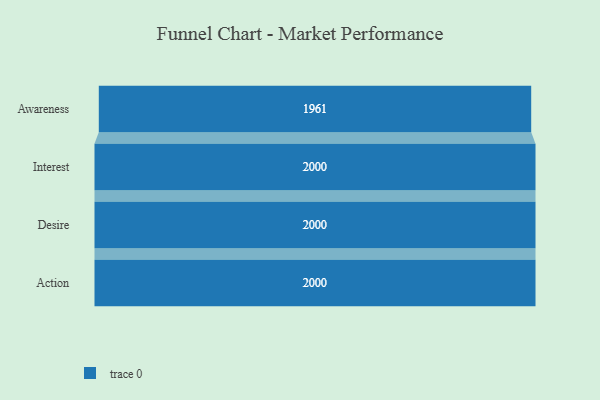
{"axis": {"x": "Stage", "y": "Value"}, "legend": [""], "data": [{"x": "Awareness", "y": 1961.0, "type": ""}, {"x": "Interest", "y": 2000, "type": ""}, {"x": "Desire", "y": 2000, "type": ""}, {"x": "Action", "y": 2000, "type": ""}]}